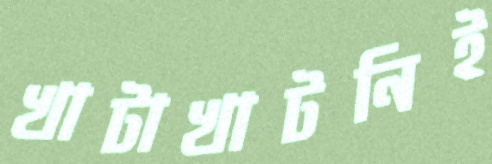
খাটাখাটনিই